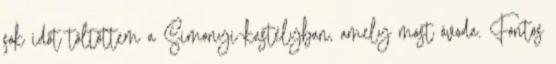
sok időt töltöttem a Simonyi-kastélyban, amely most óvoda. Fontos